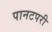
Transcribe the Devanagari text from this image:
पानटपरी